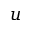
u